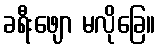
ခရီးဖျော မလိုခြေ။